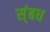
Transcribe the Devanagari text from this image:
स्ंबध